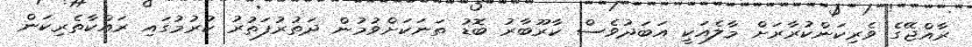
ރާއްޖޭގެ ވެރިކަންކުރާރަށް މާލެއަކީ އަބަދުވެސް ކާރޫބާރު ބޮޑު ތަނަކަށްވުމުން ދަތުރުފަތުރު ކުރުމުގައި ރައްކާތެރިކަން